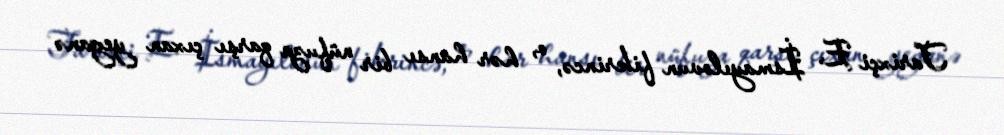
Tarixçi E. İsmayılovun fikrincə, o, hər hansı bir nüfuza qarşı çıxan yeganə